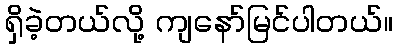
ရှိခဲ့တယ်လို့ ကျနော်မြင်ပါတယ်။